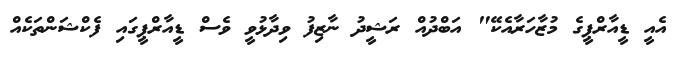
އެއީ ޑީއާރްޕީގެ މުޒާހަރާއެކޭ" އަބްދުއް ރަޝީދު ނާޒިފު ވިދާޅުވީ ވެސް ޑީއާރްޕީގައި ފެކްޝަންތަކެއް